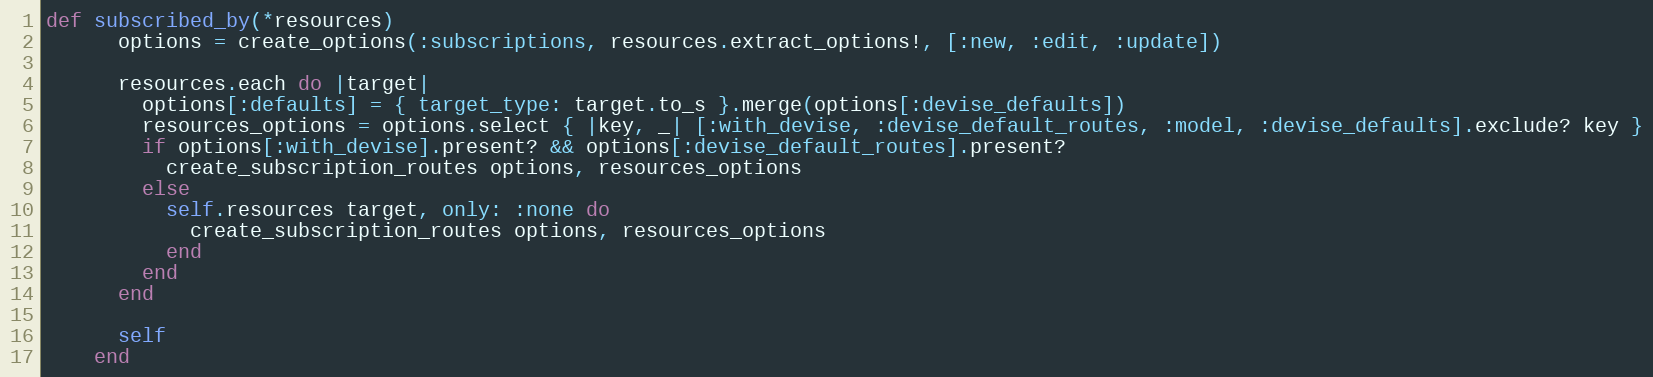
Language: Ruby
def subscribed_by(*resources)
      options = create_options(:subscriptions, resources.extract_options!, [:new, :edit, :update])

      resources.each do |target|
        options[:defaults] = { target_type: target.to_s }.merge(options[:devise_defaults])
        resources_options = options.select { |key, _| [:with_devise, :devise_default_routes, :model, :devise_defaults].exclude? key }
        if options[:with_devise].present? && options[:devise_default_routes].present?
          create_subscription_routes options, resources_options
        else
          self.resources target, only: :none do
            create_subscription_routes options, resources_options
          end
        end
      end

      self
    end